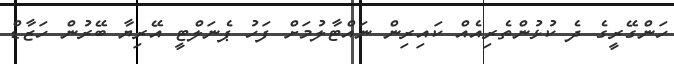
ހަންގޭރީގެ ދެ ކުޅުންތެރިއެއް ކައިރިން ނައްޓާލުމަށް ފަހު ޕެނަލްޓީ އޭރިޔާ ބޭރުން ހަޒާޑް